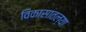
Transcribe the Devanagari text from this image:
विकासातल्या